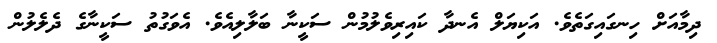
ދިމާއަށް ހިނގައިގަތެވެ. އަކިޔަލް އެނދާ ކައިރިވެލުމުން ސަކީނާ ބަލާލިއެވެ. އެވަގުތު ސަކީނާގެ ދެލެލުން